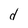
Character: d